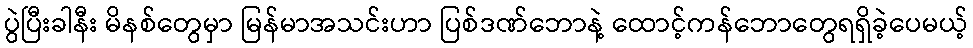
ပွဲပြီးခါနီး မိနစ်တွေမှာ မြန်မာအသင်းဟာ ပြစ်ဒဏ်ဘောနဲ့ ထောင့်ကန်ဘောတွေရရှိခဲ့ပေမယ့်